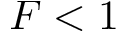
F < 1